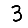
Digit: 3